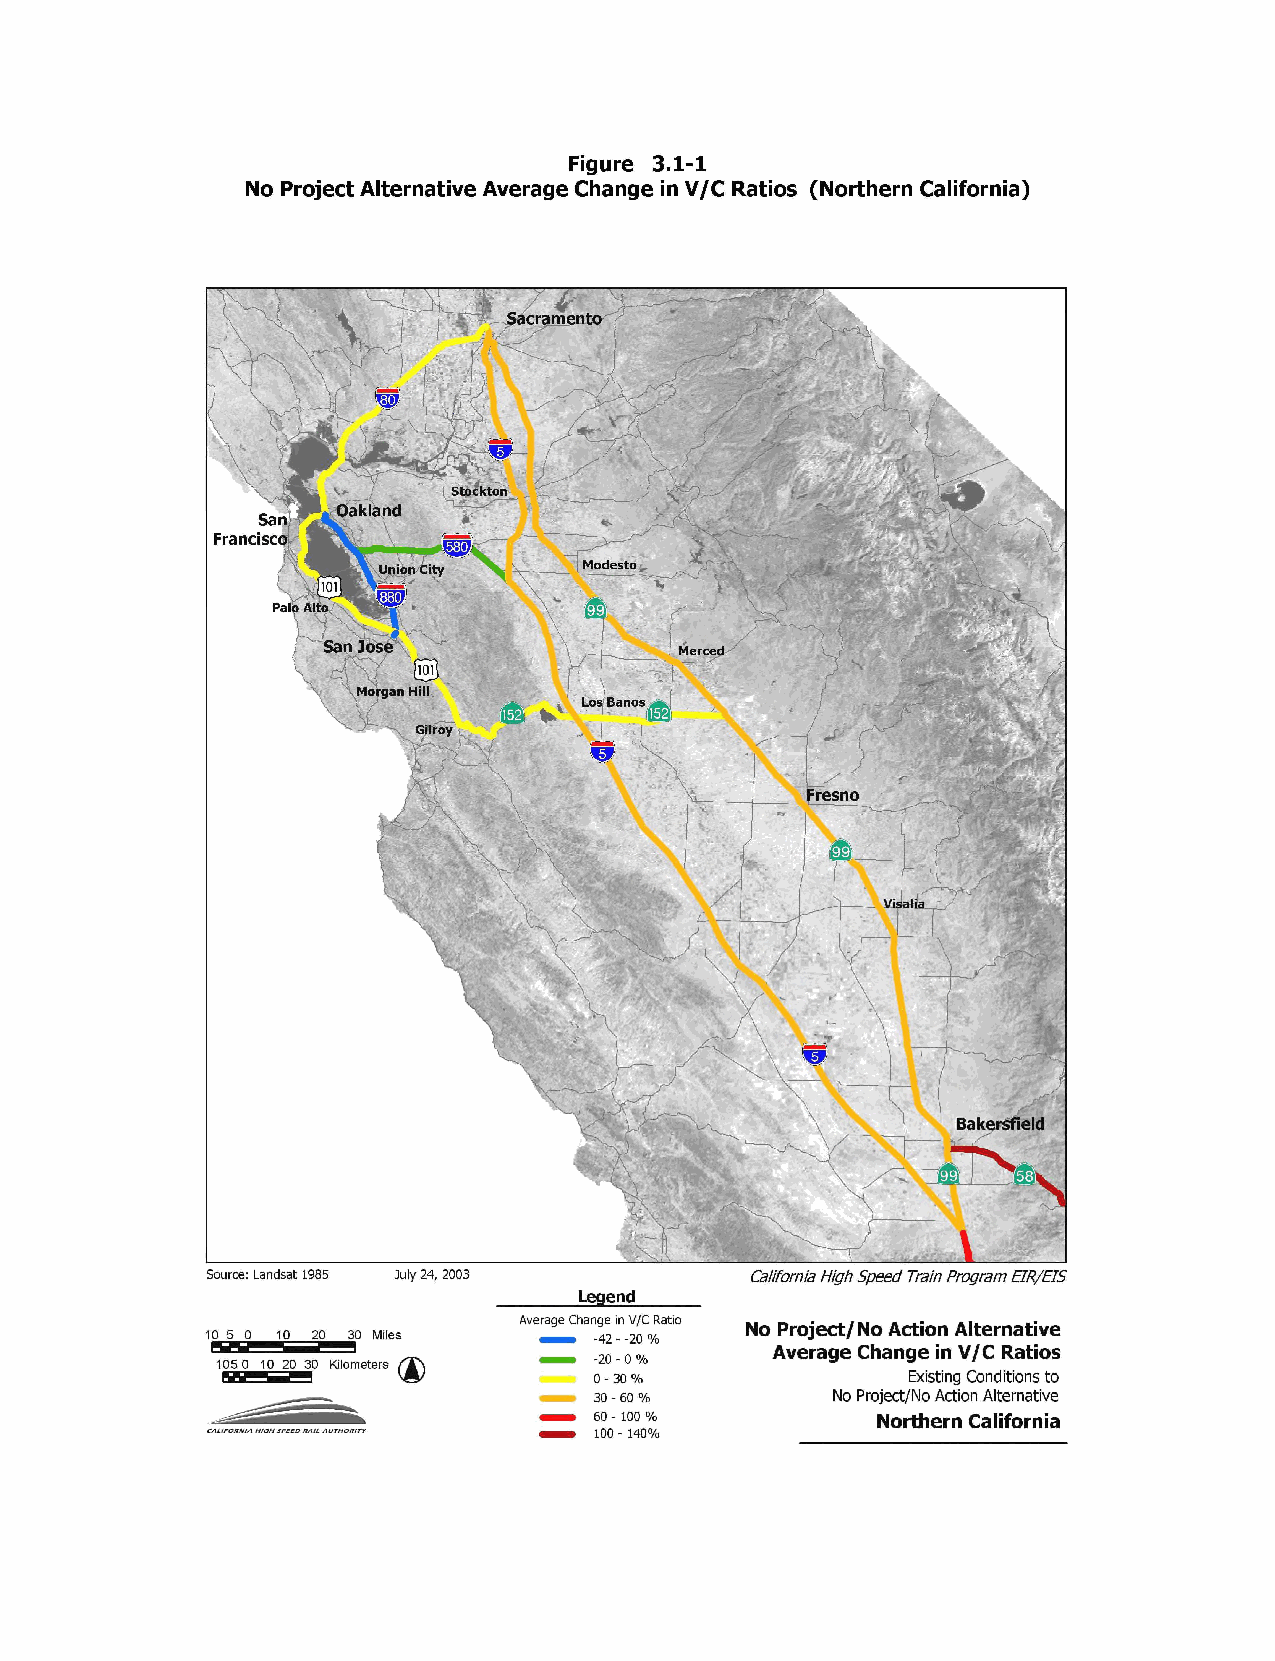
Figure 3.1-1
 No Project Alternative Average Change in V/C Ratios (Northern California)
 Sacramento
 Stockton
 Oakland
 San
 Francisco
 Modesto
 Union City
 Palo Alto
 San Jose                Merced
 Morgan Hill
 Los Banos
 Gilroy
 Fresno
 Visalia
 Bakersfield
 Source: Landsat 1985 July 24, 2003  California High Speed Train Program EIR/EIS
 Legend
 Average Change in V/C Ratio No Project/No Action Alternative
 10 5 0 10 20 30 Miles    -42 - -20 %
 Average Change in V/C Ratios
 105 0 10 20 30 Kilometers -20 - 0 %
 0 - 30 %             Existing Conditions to
 30 - 60 %       No Project/No Action Alternative
 60 - 100 %         Northern California
 100 - 140%